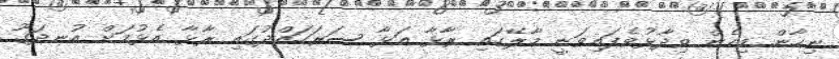
ނިހާން މިހެން ވިދާޅުވެފައިވަނީ މާލޭގައި ރާޅާ އަޅާ ސަރަހައްދުގައި ރާޅާ އެޅުމަށް އުނދަގޫ